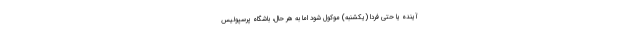
آینده یا حتی فردا (یکشنبه) موکول شود اما به هر حال، باشگاه پرسپولیس